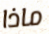
ماذا